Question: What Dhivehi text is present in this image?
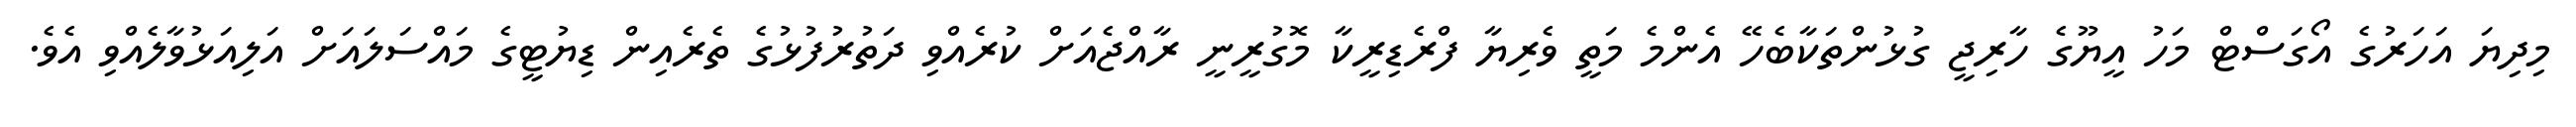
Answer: މިދިޔަ އަހަރުގެ އޯގަސްޓް މަހު އީޔޫގެ ހާރިޖީ ގުޅުންތަކާބެހޭ އެންމެ މަތީ ވެރިޔާ ފްރެޑިރީކާ މޮގުރީނީ ރާއްޖެއަށް ކުރެއްވި ދަތުރުފުޅުގެ ތެރެއިން ޑިޔުޓީގެ މައްސަލައަށް އަލިއަޅުވާލެއްވި އެވެ.